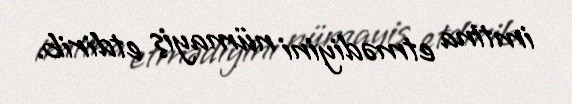
imtina etmədiyini nümayiş etdirib.